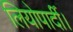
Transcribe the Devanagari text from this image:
लियोपार्दी।